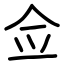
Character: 佥